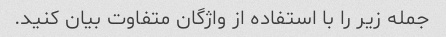
جمله زیر را با استفاده از واژگان متفاوت بیان کنید.